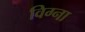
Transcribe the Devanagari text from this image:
विग्ना